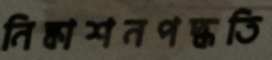
নিষ্কাশনপদ্ধতি